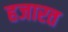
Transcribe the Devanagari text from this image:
हजारत